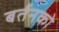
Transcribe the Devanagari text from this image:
बर्तनको